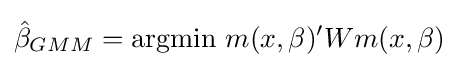
{\hat {\beta }}_{GMM}=\operatorname {argmin} \,m(x,\beta )'Wm(x,\beta )